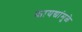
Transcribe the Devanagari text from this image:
कायद्यांमुळे